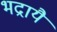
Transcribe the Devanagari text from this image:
भद्रायै